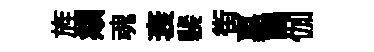
旌頫魂衰裴街嘉餳伽